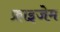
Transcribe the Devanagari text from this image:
फ्राइजेम